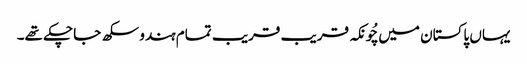
یہاں پاکستان میں چُونکہ قریب قریب تمام ہندو سکھ جاچکے تھے۔